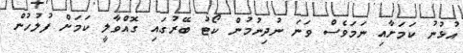
އުޅުނު ކަމަށާއި ނަމަވެސް ވަނަ ނުދިނުމުން ކޯޓު ބޭރުގައި ގޮއްވާލީ ކަމަށް ފުލުހުން